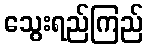
သွေးရည်ကြည်